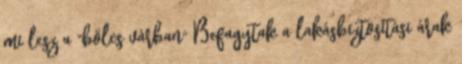
mi lesz a "bölcs várban" Befagytak a lakásbiztosítási árak